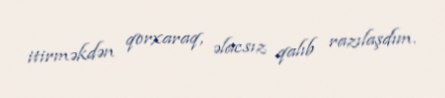
itirməkdən qorxaraq, əlacsız qalıb razılaşdım.